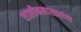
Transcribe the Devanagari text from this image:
तालीममास्तरांचा